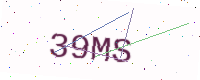
Text: 39MS